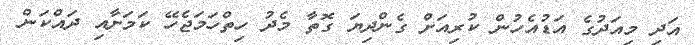
އަދި މިއަދުގެ އަޑުއެހުން ކުރިއަށް ގެންދިޔަ ގޮތާ މެދު ހިތްހަމަޖެހޭ ކަމަށާއި ދައްކަން